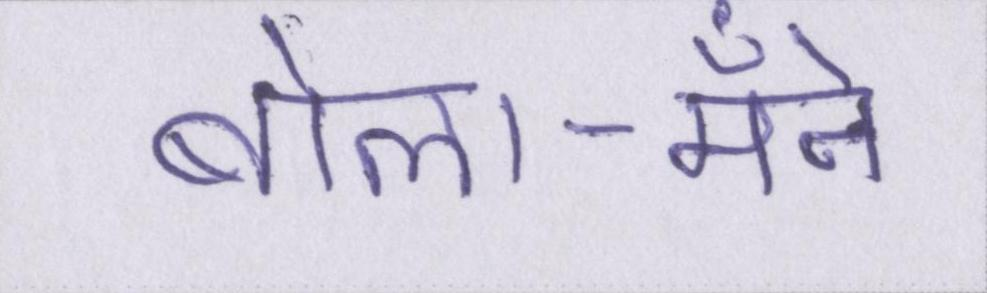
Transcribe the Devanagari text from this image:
बोला-मैँने